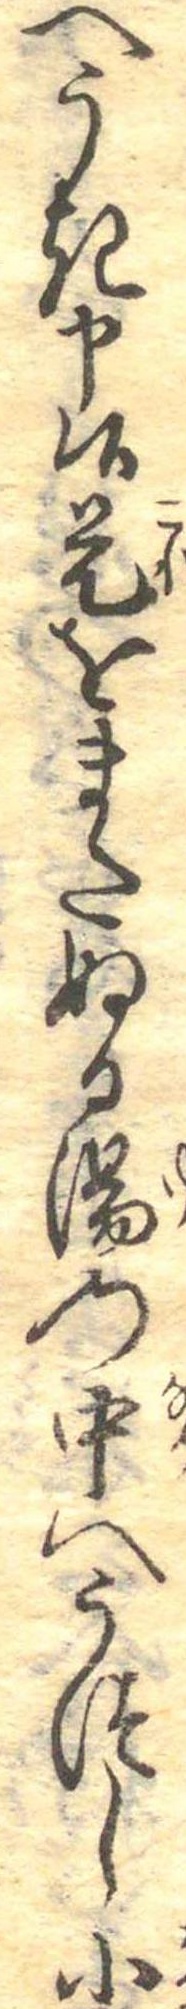
へうき申候是をまたぬる湯の中へうつし小